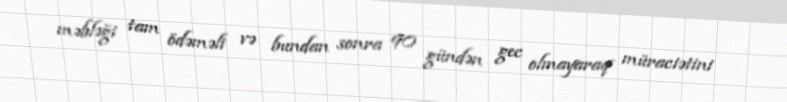
məbləği tam ödəməli və bundan sonra 90 gündən gec olmayaraq müraciətini